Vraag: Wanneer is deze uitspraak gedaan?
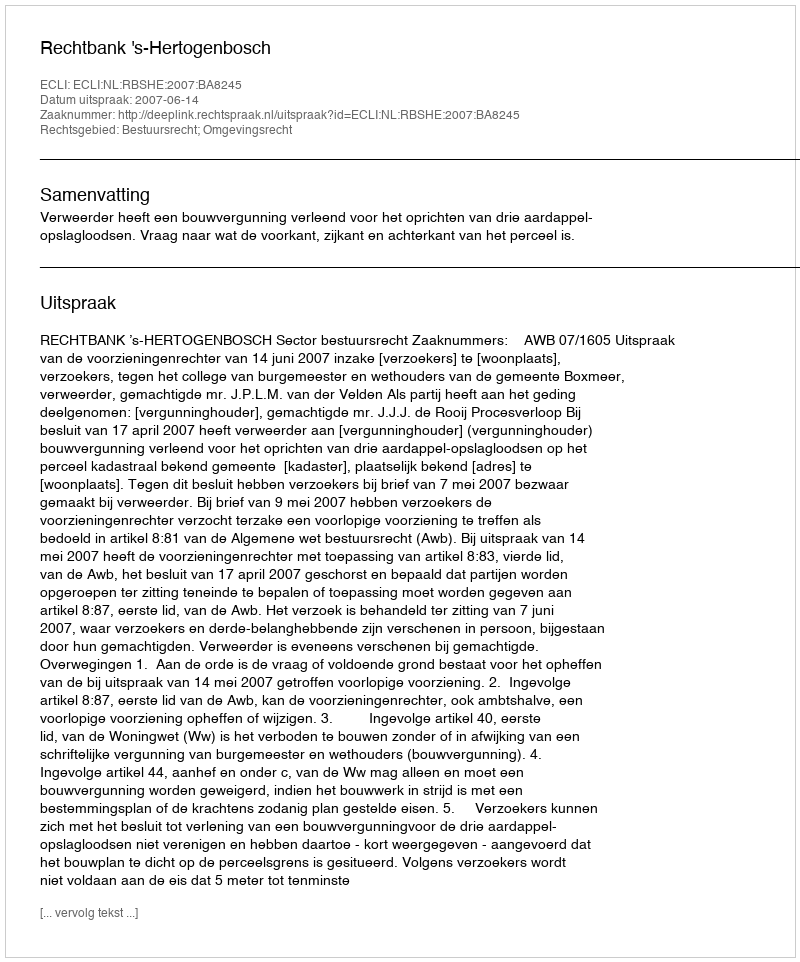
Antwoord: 2007-06-14